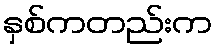
နှစ်ကတည်းက